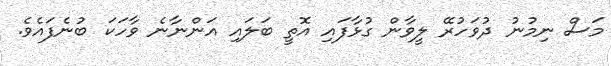
މަސް ނިމުނު ދުވަހުރޭ ލީވާން ގުޅާފައި އޮތީ ބަލައި އަންނާނެ ވާހަކަ ބުނެފައެވެ.